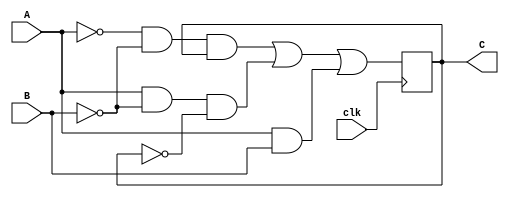
module flip_flop(
    input A, B, clk, output reg C
);
    initial begin
        C = 1'b0;
    end
    always @(posedge clk) begin
        C = (~A & ~B & C) | (A & ~B & ~C) | (A & B);
    end
endmodule